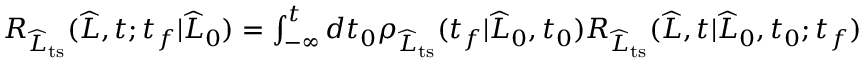
\begin{array} { r } { R _ { \widehat { L } _ { \mathrm { t s } } } ( \widehat { L } , t ; t _ { f } | \widehat { L } _ { 0 } ) = \int _ { - \infty } ^ { t } d t _ { 0 } \rho _ { \widehat { L } _ { \mathrm { t s } } } ( t _ { f } | \widehat { L } _ { 0 } , t _ { 0 } ) R _ { \widehat { L } _ { \mathrm { t s } } } ( \widehat { L } , t | \widehat { L } _ { 0 } , t _ { 0 } ; t _ { f } ) } \end{array}